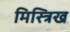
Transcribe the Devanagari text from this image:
मिस्त्रिख